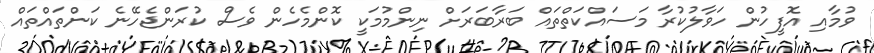
ވުމާއި އޮފީހުން ހަވާލުކުރާ މަސައްކަތްތައް ބަރާބަރަށް ނިންމުމަކީ ކޮންމެހެން ވެސް ކުރަންޖެހޭނެ ކަންތައްތައް